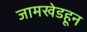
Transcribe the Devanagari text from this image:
जामखेडहून